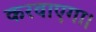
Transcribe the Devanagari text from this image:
करवाएगा।